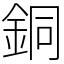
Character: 銅